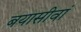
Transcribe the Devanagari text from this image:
बयासीवां